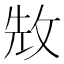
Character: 㪇